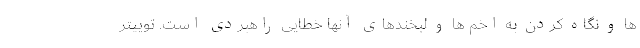
ها و نگاه کردن به اخم ها و لبخندهای آنها خطایی راهبردی است. توییتر